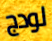
لودج